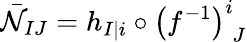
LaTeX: {\bar{\cal N}}_{IJ}=h_{I\vert i}\circ\left(f^{-1}\right)_{\phantom{i}J}^{i}